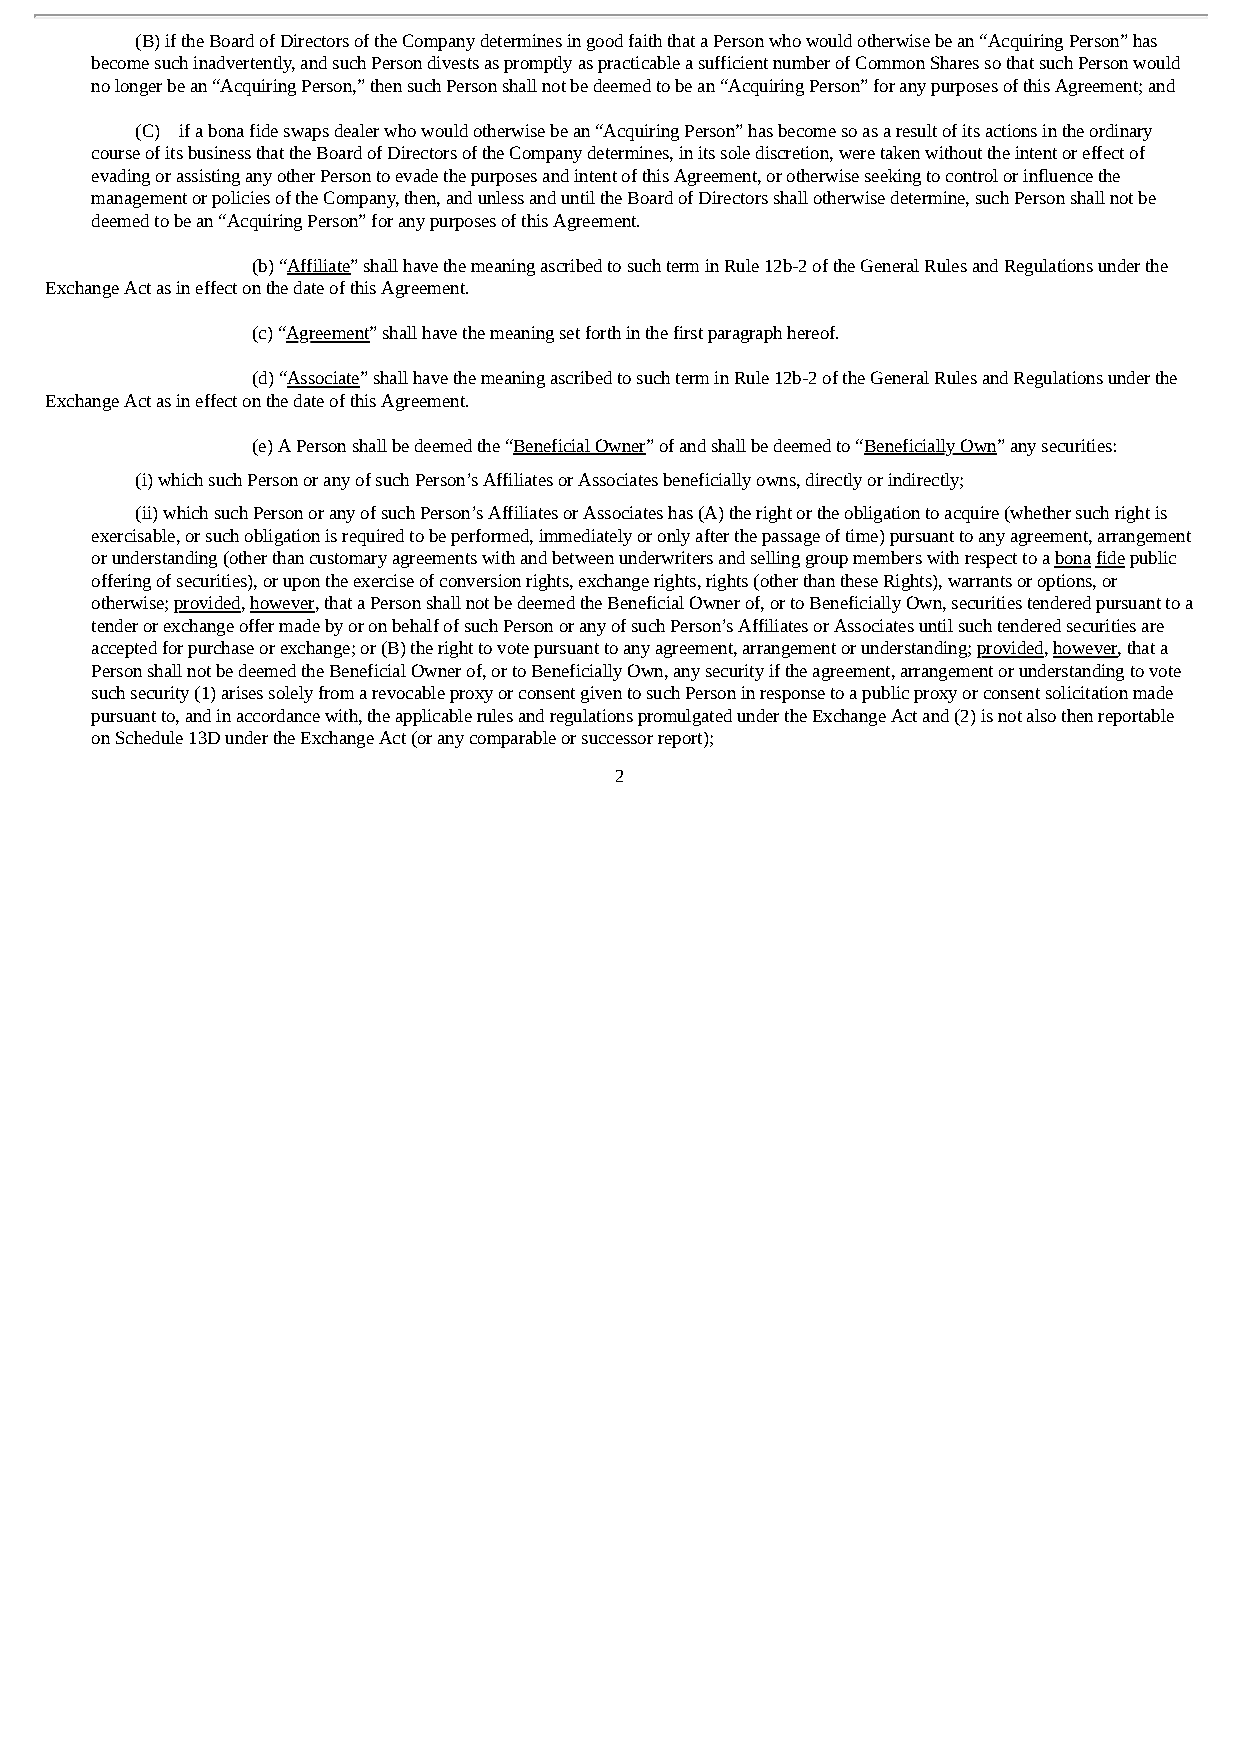
(B) if the Board of Directors of the Company determines in good faith that a Person who would otherwise be an “Acquiring Person” has
 become such inadvertently, and such Person divests as promptly as practicable a sufficient number of Common Shares so that such Person would
 no longer be an “Acquiring Person,” then such Person shall not be deemed to be an “Acquiring Person” for any purposes of this Agreement; and
 (C) if a bona fide swaps dealer who would otherwise be an “Acquiring Person” has become so as a result of its actions in the ordinary
 course of its business that the Board of Directors of the Company determines, in its sole discretion, were taken without the intent or effect of
 evading or assisting any other Person to evade the purposes and intent of this Agreement, or otherwise seeking to control or influence the
 management or policies of the Company, then, and unless and until the Board of Directors shall otherwise determine, such Person shall not be
 deemed to be an “Acquiring Person” for any purposes of this Agreement.
 (b) “Affiliate” shall have the meaning ascribed to such term in Rule 12b-2 of the General Rules and Regulations under the
 Exchange Act as in effect on the date of this Agreement.
 (c) “Agreement” shall have the meaning set forth in the first paragraph hereof.
 (d) “Associate” shall have the meaning ascribed to such term in Rule 12b-2 of the General Rules and Regulations under the
 Exchange Act as in effect on the date of this Agreement.
 (e) A Person shall be deemed the “Beneficial Owner” of and shall be deemed to “Beneficially Own” any securities:
 (i) which such Person or any of such Person’s Affiliates or Associates beneficially owns, directly or indirectly;
 (ii) which such Person or any of such Person’s Affiliates or Associates has (A) the right or the obligation to acquire (whether such right is
 exercisable, or such obligation is required to be performed, immediately or only after the passage of time) pursuant to any agreement, arrangement
 or understanding (other than customary agreements with and between underwriters and selling group members with respect to a bona fide public
 offering of securities), or upon the exercise of conversion rights, exchange rights, rights (other than these Rights), warrants or options, or
 otherwise; provided, however, that a Person shall not be deemed the Beneficial Owner of, or to Beneficially Own, securities tendered pursuant to a
 tender or exchange offer made by or on behalf of such Person or any of such Person’s Affiliates or Associates until such tendered securities are
 accepted for purchase or exchange; or (B) the right to vote pursuant to any agreement, arrangement or understanding; provided, however, that a
 Person shall not be deemed the Beneficial Owner of, or to Beneficially Own, any security if the agreement, arrangement or understanding to vote
 such security (1) arises solely from a revocable proxy or consent given to such Person in response to a public proxy or consent solicitation made
 pursuant to, and in accordance with, the applicable rules and regulations promulgated under the Exchange Act and (2) is not also then reportable
 on Schedule 13D under the Exchange Act (or any comparable or successor report);
 2